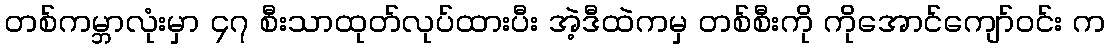
တစ်ကမ္ဘာလုံးမှာ ၄၇ စီးသာထုတ်လုပ်ထားပီး အဲ့ဒီထဲကမှ တစ်စီးကို ကိုအောင်ကျော်ဝင်း က